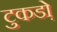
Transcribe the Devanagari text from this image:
टुकडो़